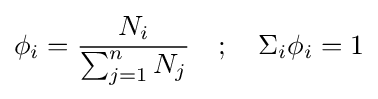
\phi _{i}={\frac {N_{i}}{\sum _{j=1}^{n}N_{j}}}\quad ;\quad \Sigma _{i}\phi _{i}=1